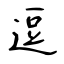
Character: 逗